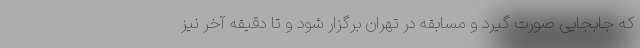
که جابجایی صورت گیرد و مسابقه در تهران برگزار شود و تا دقیقه آخر نیز